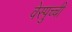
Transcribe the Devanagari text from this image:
वेस्पुच्ची